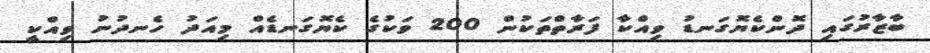
ބާޒާރުގައި ދޮންކެޔޮގަނޑު ވިއްކާ ފަރާތްތަކުން 200 ވަކުގެ ކެޔޮގަނޑެއް މިއަދު ހެނދުނު ވިއްކީ